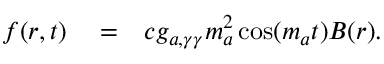
\begin{array} { r l r } { \boldsymbol f ( r , t ) } & { { } = } & { c g _ { a , \gamma \gamma } m _ { a } ^ { 2 } \cos ( m _ { a } t ) { \boldsymbol B } ( r ) . } \end{array}